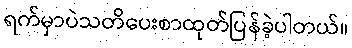
ရက်မှာပဲသတိပေးစာထုတ်ပြန်ခဲ့ပါတယ်။